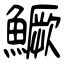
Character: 鱖